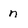
Character: n